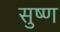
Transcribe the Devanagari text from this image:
सुष्ण